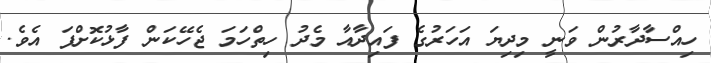
ހިއްސާދާރުން ވަނީ މިދިޔަ އަހަރުގެ ފައިދާއާ މެދު ހިތްހަމަ ޖެހޭކަން ފާޅުކޮށްފަ އެވެ.